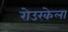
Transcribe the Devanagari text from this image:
रोउरकेला